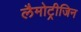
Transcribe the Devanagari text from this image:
लैमोट्रीजिन